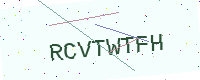
Text: RCVTWTFH